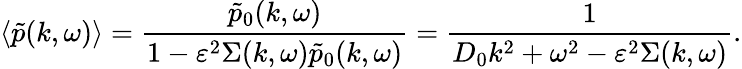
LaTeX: \langle\tilde{p}(k,\omega)\rangle=\frac{\tilde{p}_{0}(k,\omega)}{1-\varepsilon^{2}\Sigma(k,\omega)\tilde{p}_{0}(k,\omega)}=\frac{1}{D_{0}k^{2}+\omega^{2}-\varepsilon^{2}\Sigma(k,\omega)}.